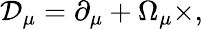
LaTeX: {\mathcal{D}}_{\mu}=\partial_{\mu}+\Omega_{\mu}\times,